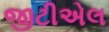
જીટીએલ